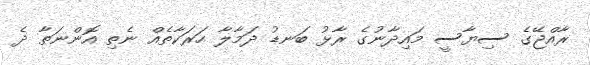
ރާއްޖޭގެ ސިޔާސީ މައިދާނުގެ ރާޅު ބަނޑު ދަމާލާ ހަރަކާތެއް ނެތި އޮންނަތާ ދެ